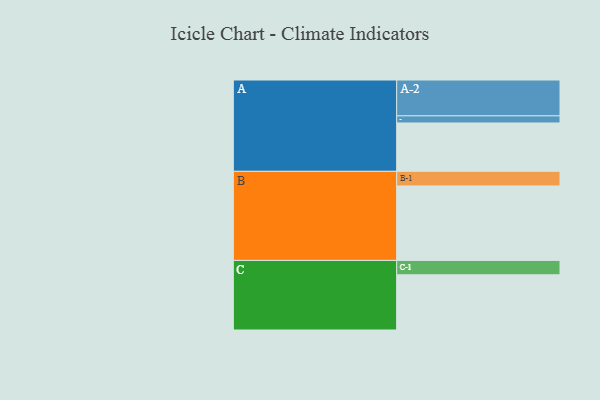
{"axis": {"x": "Segment", "y": "Value"}, "legend": ["", "A", "B", "C"], "data": [{"x": "A", "y": 367, "type": ""}, {"x": "B", "y": 565, "type": ""}, {"x": "C", "y": 419, "type": ""}, {"x": "A-1", "y": 54, "type": "A"}, {"x": "A-2", "y": 272, "type": "A"}, {"x": "B-1", "y": 111, "type": "B"}, {"x": "C-1", "y": 109, "type": "C"}]}